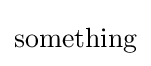
{\text{something}}